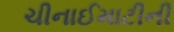
ચીનાઈમાટીની